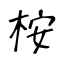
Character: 桉